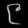
Digit: ၉